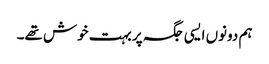
ہم دونوں ایسی جگہ پر بہت خوش تھے۔